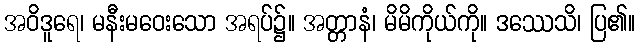
အဝိဒူရေ၊ မနီးမဝေးသော အရပ်၌။ အတ္တာနံ၊ မိမိကိုယ်ကို။ ဒဿေသိ၊ ပြ၏။